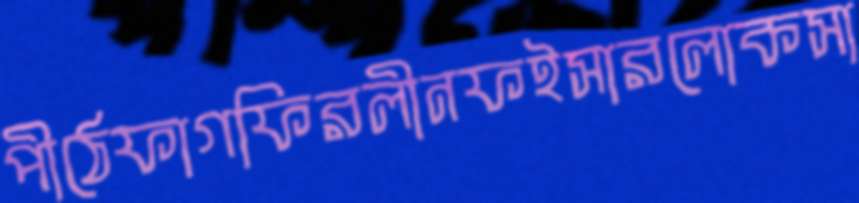
পীঠেফাগফিরলীনফইসারলোকসা